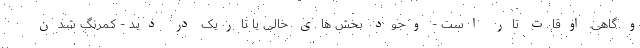
و گاهی اوقات تار است - وجود بخش های خالی یا تاریک در دید - کمرنگ شدن